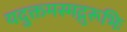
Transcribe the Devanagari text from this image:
यदुक्तमस्मद्गुरूभिः